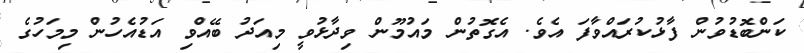
ކަންބޮޑުވުން ފާޅުކުރައްވާފަ އެވެ. އެގޮތުން މައުމޫން ވިދާޅުވީ މިއަދު ބޭއްވި އަޑުއެހުން މިމަހުގެ